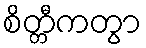
စိတ္တီကတွာ